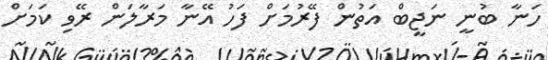
ހަނާ ބުނީ ނަޖީބް އަތުން ފޭރުމަށް ފަހު އޭނާ މަރާލަން ރޭވި ކަމަށް